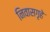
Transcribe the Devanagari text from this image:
निवासगृहे